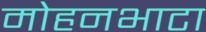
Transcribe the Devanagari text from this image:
मोहनभाटा